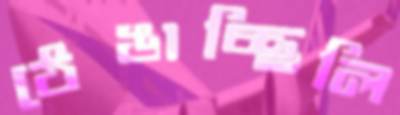
ঠেঙাচ্ছিলি